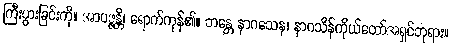
ကြီးပွားခြင်းကို။ အာပဇ္ဇန္တိ၊ ရောက်ကုန်၏။ ဘန္တေ နာဂသေန၊ နာဂသိန်ကိုယ်တော်အရှင်ဘုရား။